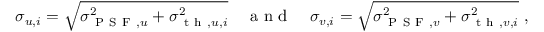
\sigma _ { u , i } = \sqrt { \sigma _ { \mathrm { ~ P ~ S ~ F ~ } , u } ^ { 2 } + \sigma _ { \mathrm { ~ t ~ h ~ } , u , i } ^ { 2 } } \quad \mathrm { ~ a ~ n ~ d ~ } \quad \sigma _ { v , i } = \sqrt { \sigma _ { \mathrm { ~ P ~ S ~ F ~ } , v } ^ { 2 } + \sigma _ { \mathrm { ~ t ~ h ~ } , v , i } ^ { 2 } } \mathrm { ~ , ~ }